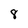
Character: 8